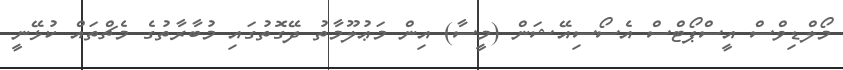
މޯލްޑިވްސް އީސްޕޯޓްސް އެސޯސިއޭޝަން (މީސާ) އިން މަޢުލޫމާތު ދޭގޮތުގައި މުބާރާތުގެ މެޗްތައް ކުޅޭނީ